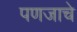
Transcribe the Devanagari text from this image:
पणजाचे